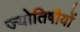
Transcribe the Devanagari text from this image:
ज्योतिषीयों